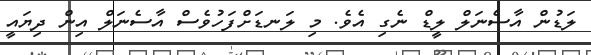
ލަޑުން އާސެނަލް ލީޑް ނެގި އެވެ. މި ލަނޑަށްފަހުވެސް އާސެނަލް އިން ދިޔައީ